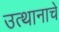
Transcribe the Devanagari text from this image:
उत्थानाचे